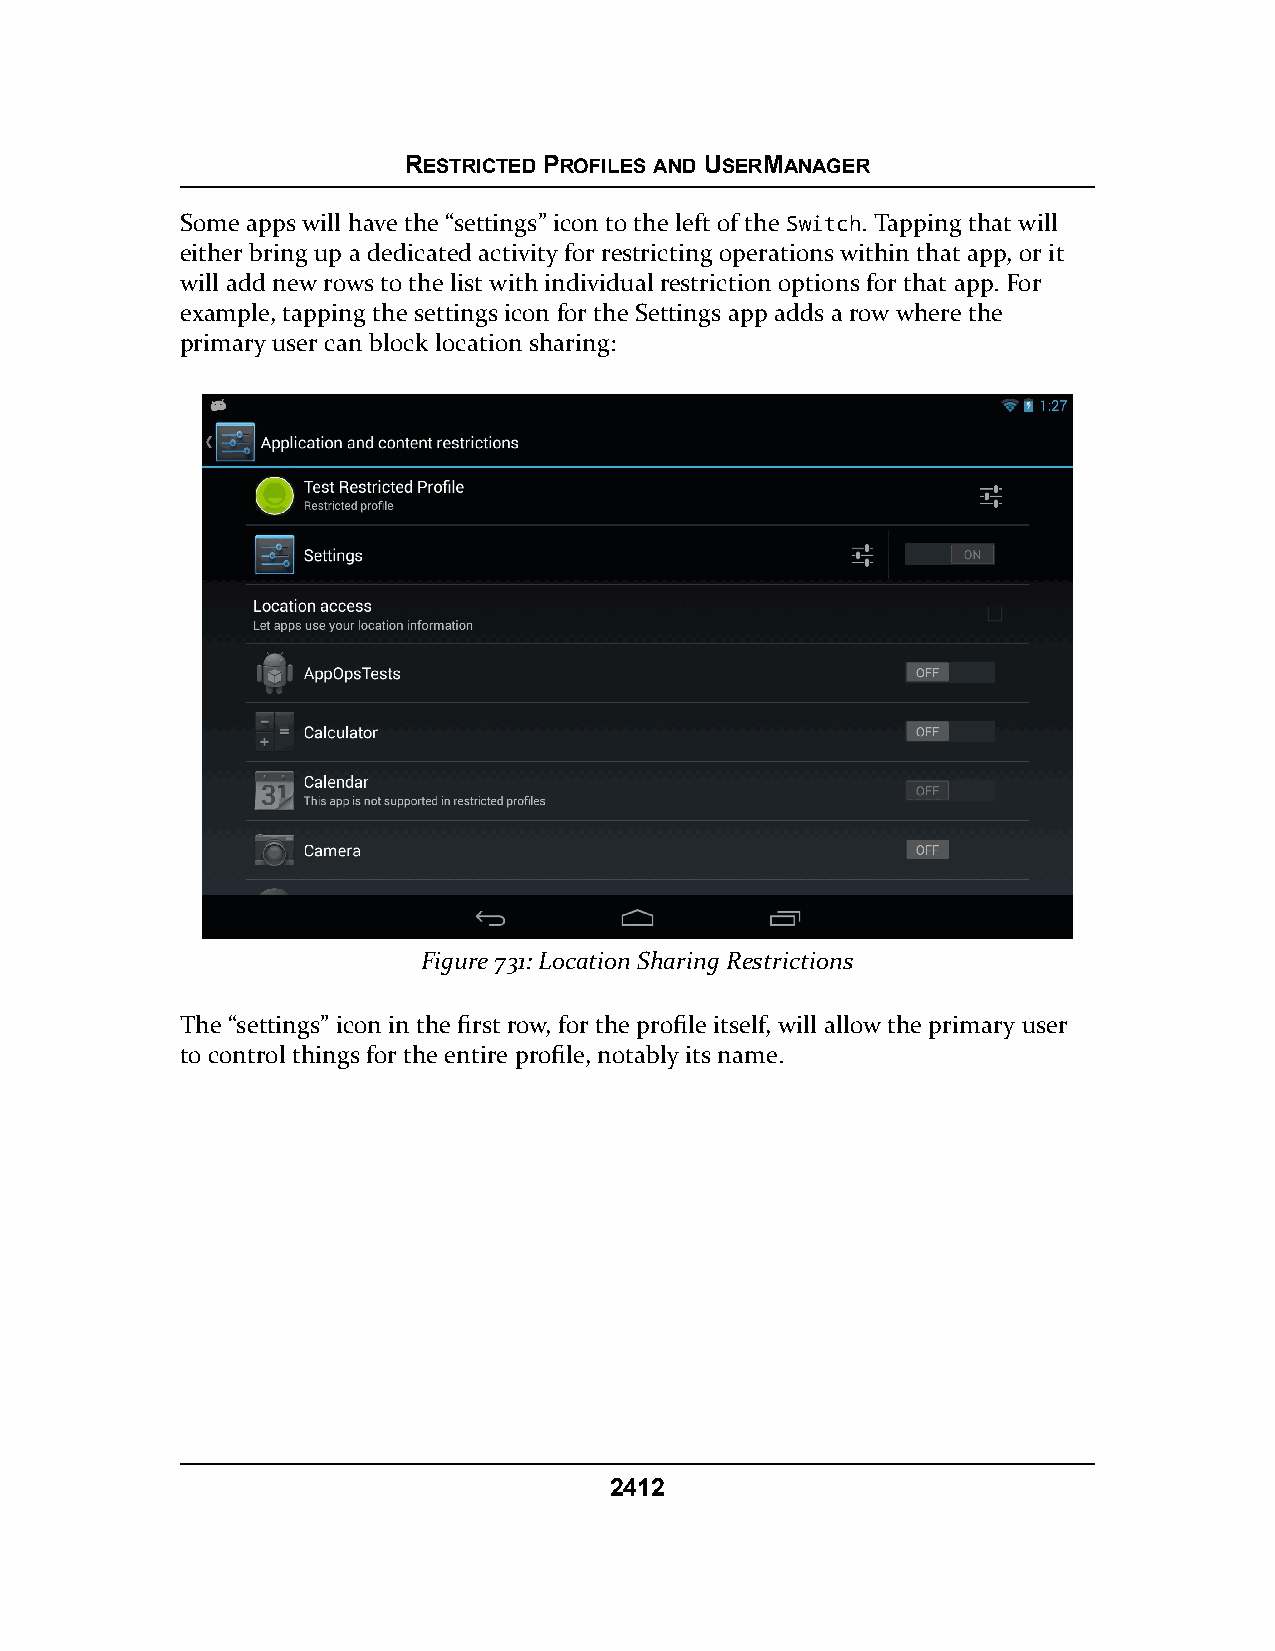
RESTRICTED PROFILES AND USERMANAGER
 Some apps will have the “settings” icon to the left of the Switch. Tapping that will
 either bring up a dedicated activity for restricting operations within that app, or it
 will add new rows to the list with individual restriction options for that app. For
 example, tapping the settings icon for the Settings app adds a row where the
 primary user can block location sharing:
 Figure 731: Location Sharing Restrictions
 The “settings” icon in the first row, for the profile itself, will allow the primary user
 to control things for the entire profile, notably its name.
 2412